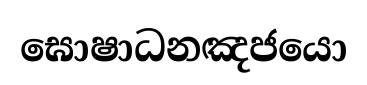
ඝොෂාධනඤජයො